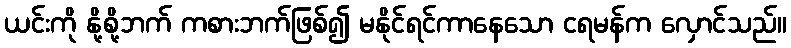
ယင်းကို နို့စို့ဘက် ကစားဘက်ဖြစ်၍ မနိုင်ရင်ကာနေသော ငရမန်က လှောင်သည်။